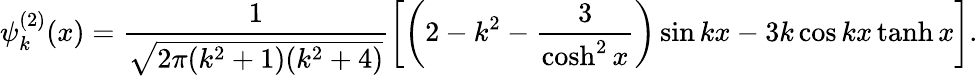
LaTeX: \psi_{k}^{(2)}(x)=\frac{1}{\sqrt{2\pi(k^{2}+1)(k^{2}+4)}}\left[\left(2-k^{2}-\frac{3}{\cosh^{2}x}\right)\sin kx-3k\cos kx\operatorname{tanh}x\right].